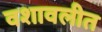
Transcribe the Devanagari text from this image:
वशावलीत